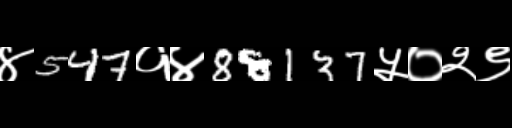
Text: ४547१४88137५०२९